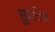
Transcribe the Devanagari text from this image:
सुप्रशिध